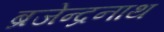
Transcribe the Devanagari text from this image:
ब्रजेन्द्रनाथ